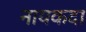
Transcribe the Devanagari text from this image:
नायकदा